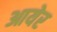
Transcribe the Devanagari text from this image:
आयेर